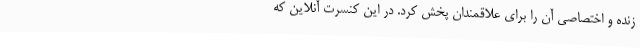
زنده و اختصاصی آن را برای علاقمندان پخش کرد. در این کنسرت آنلاین که